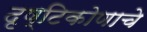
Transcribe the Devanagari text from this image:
दृष्टिकोणाचे